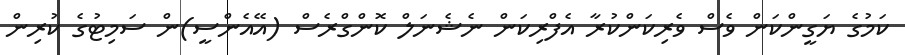
ކަމުގެ ޔަގީންކަން ވެސް ވެރިކަންކުރާ އެފްރިކަން ނެޝެނަލް ކޮންގްރެސް (އޭއެންސީ)ން ސަމިޓުގެ ކުރިން